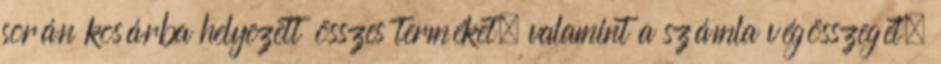
során kosárba helyezett összes terméket, valamint a számla végösszegét.